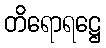
တိရောရဋ္ဌေ